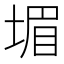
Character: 堳